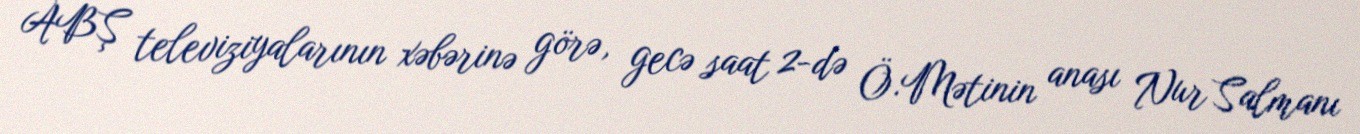
ABŞ televiziyalarının xəbərinə görə, gecə saat 2-də Ö.Mətinin anası Nur Salmanı